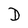
Character: D